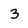
Character: 3